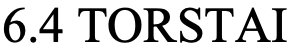
6.4 TORSTAI